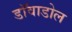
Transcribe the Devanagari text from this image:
डाॅवाडोल